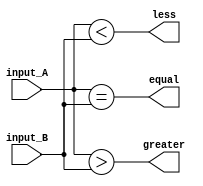
module four_bit_comparator(
    input [3:0] input_A,
    input [3:0] input_B,
    output equal,
    output greater,
    output less
);

assign equal = (input_A == input_B);
assign greater = (input_A > input_B);
assign less = (input_A < input_B);

endmodule